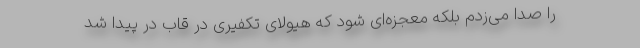
را صدا می‌زدم بلکه معجزه‌ای شود که هیولای تکفیری در قاب در پیدا شد